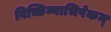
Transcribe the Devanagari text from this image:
विच्छिन्नाभिषेकम्